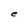
Character: e